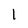
Character: 1